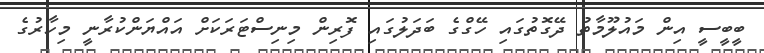
ބީބީސީ އިން މައުލޫމާތު ދޭގޮތުގައި ހޭގްގެ ބަދަލުގައި ފޮރިން މިނިސްޓަރަކަށް އައްޔަންކުރާނީ މިހާރުގެ